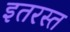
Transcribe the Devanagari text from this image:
इतरस्त